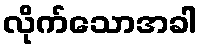
လိုက်သောအခါ